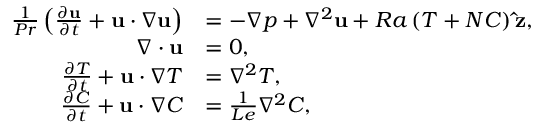
\begin{array} { r l } { \frac { 1 } { P r } \left( \frac { \partial \mathbf { u } } { \partial t } + \mathbf { u } \cdot \nabla \mathbf { u } \right) } & { = - \nabla p + \nabla ^ { 2 } \mathbf { u } + R a \left( T + N C \right) \mathbf { \hat { z } } , } \\ { \nabla \cdot \mathbf { u } } & { = 0 , } \\ { \frac { \partial T } { \partial t } + \mathbf { u } \cdot \nabla T } & { = \nabla ^ { 2 } T , } \\ { \frac { \partial C } { \partial t } + \mathbf { u } \cdot \nabla C } & { = \frac { 1 } { L e } \nabla ^ { 2 } C , } \end{array}